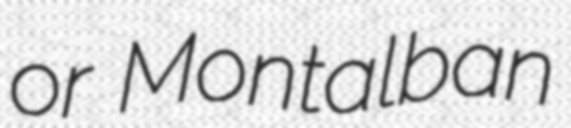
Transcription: or Montalban